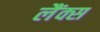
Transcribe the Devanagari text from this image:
लैंक्स